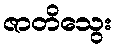
ဇာတိသွေး